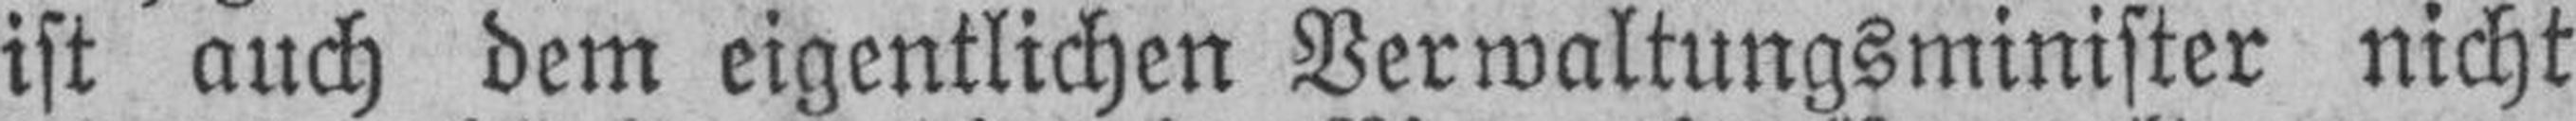
ist auch dem eigentlichen Verwaltungsminister nicht